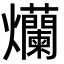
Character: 爤